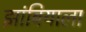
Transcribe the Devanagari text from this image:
झांबियाला